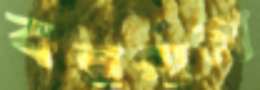
বনপাল